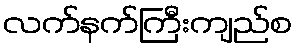
လက်နက်ကြီးကျည်စ